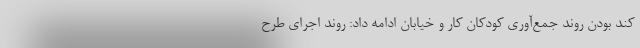
کند بودن روند جمع‌آوری کودکان کار و خیابان ادامه داد: روند اجرای طرح